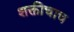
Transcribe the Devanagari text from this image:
शक्तीचाच